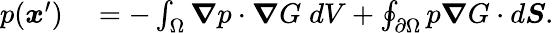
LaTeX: \begin{array}{rl}{p(\boldsymbol{x}^{\prime})}&{{}=-\int_{\Omega}\boldsymbol{\nabla}p\cdot\boldsymbol{\nabla}G\; dV+\oint_{\partial\Omega}p\boldsymbol{\nabla}G\cdot d\boldsymbol{S}.}\end{array}